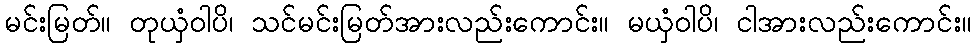
မင်းမြတ်။ တုယှံဝါပိ၊ သင်မင်းမြတ်အားလည်းကောင်း။ မယှံဝါပိ၊ ငါအားလည်းကောင်း။